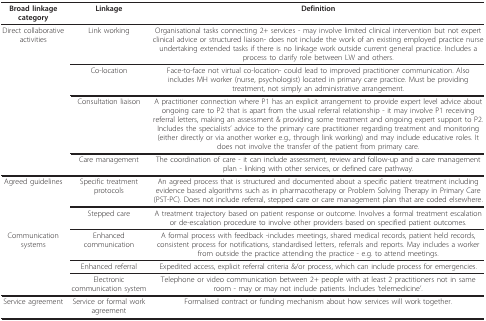
<table><thead><tr><td><b>Broad linkage category</b></td><td><b>Linkage</b></td><td><b>Definition</b></td></tr></thead><tbody><tr><td>Direct collaborative activities</td><td>Link working</td><td>Organisational tasks connecting 2+ services - may involve limited clinical intervention but not expert clinical advice or structured liaison- does not include the work of an existing employed practice nurse undertaking extended tasks if there is no linkage work outside current general practice. Includes a process to clarify role between LW and others.</td></tr><tr><td></td><td>Co-location</td><td>Face-to-face not virtual co-location- could lead to improved practitioner communication. Also includes MH worker (nurse, psychologist) located in primary care practice. Must be providing treatment, not simply an administrative arrangement.</td></tr><tr><td></td><td>Consultation liaison</td><td>A practitioner connection where P1 has an explicit arrangement to provide expert level advice about ongoing care to P2 that is apart from the usual referral relationship - it may involve P1 receiving referral letters, making an assessment &amp; providing some treatment and ongoing expert support to P2. Includes the specialists&#x27; advice to the primary care practitioner regarding treatment and monitoring (either directly or via another worker e.g., through link working) and may include educative roles. It does not involve the transfer of the patient from primary care.</td></tr><tr><td></td><td>Care management</td><td>The coordination of care - it can include assessment, review and follow-up and a care management plan - linking with other services, or defined care pathway.</td></tr><tr><td>Agreed guidelines</td><td>Specific treatment protocols</td><td>An agreed process that is structured and documented about a specific patient treatment including evidence based algorithms such as in pharmacotherapy or Problem Solving Therapy in Primary Care (PST-PC). Does not include referral, stepped care or care management plan that are coded elsewhere.</td></tr><tr><td></td><td>Stepped care</td><td>A treatment trajectory based on patient response or outcome. Involves a formal treatment escalation or de-escalation procedure to involve other providers based on specified patient outcomes.</td></tr><tr><td>Communication systems</td><td>Enhanced communication</td><td>A formal process with feedback -includes meetings, shared medical records, patient held records, consistent process for notifications, standardised letters, referrals and reports. May includes a worker from outside the practice attending the practice - e.g. to attend meetings.</td></tr><tr><td></td><td>Enhanced referral</td><td>Expedited access, explicit referral criteria &amp;/or process, which can include process for emergencies.</td></tr><tr><td></td><td>Electronic communication system</td><td>Telephone or video communication between 2+ people with at least 2 practitioners not in same room - may or may not include patients. Includes &#x27;telemedicine&#x27;.</td></tr><tr><td>Service agreement</td><td>Service or formal work agreement</td><td>Formalised contract or funding mechanism about how services will work together.</td></tr></tbody></table>